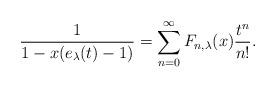
LaTeX: \begin{align*}\frac{1}{1-x(e_{\lambda}(t)-1)}=\sum_{n=0}^{\infty}F_{n,\lambda}(x)\frac{t^{n}}{n!}.\end{align*}